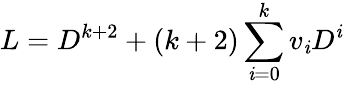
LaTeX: L=D^{k+2}+(k+2)\sum_{\mathit{i}=0}^{k}v_{\mathit{i}}D^{\mathit{i}}